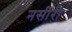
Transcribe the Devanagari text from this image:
नसीरी